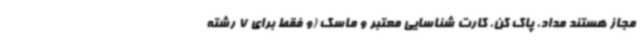
مجاز هستند مداد، پاک کن، کارت شناسایی معتبر و ماسک (و فقط برای 7 رشته